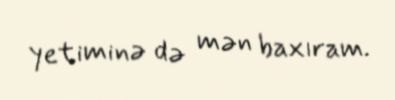
yetiminə də mən baxıram.